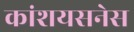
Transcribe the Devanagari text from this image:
कांशयसनेस